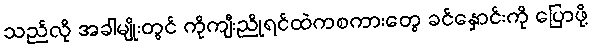
သည်လို အခါမျိုးတွင် ကိုကျီးညိုရင်ထဲကစကားတွေ ခင်နှောင်းကို ပြောဖို့